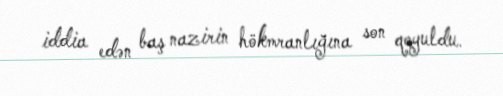
iddia edən baş nazirin hökmranlığına son qoyuldu.